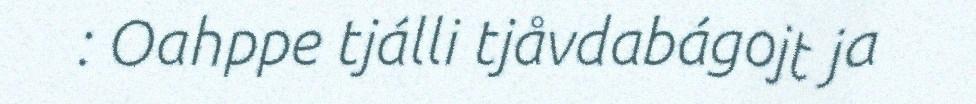
: Oahppe tjálli tjåvdabágojt ja